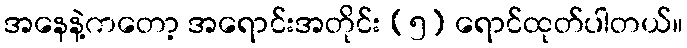
အနေနဲ့ကတော့ အရောင်းအတိုင်း (၅) ရောင်ထုတ်ပါတယ်။